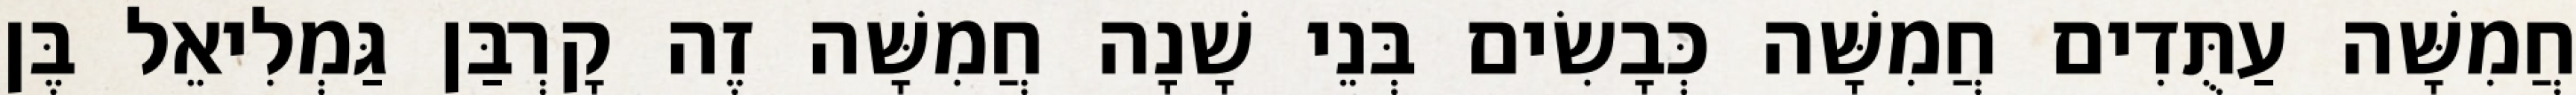
חֲמִשָּׁה עַתֻּדִים חֲמִשָּׁה כְּבָשִׂים בְּנֵי שָׁנָה חֲמִשָּׁה זֶה קָרְבַּן גַּמְלִיאֵל בֶּן